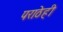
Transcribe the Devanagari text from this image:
पराठेही